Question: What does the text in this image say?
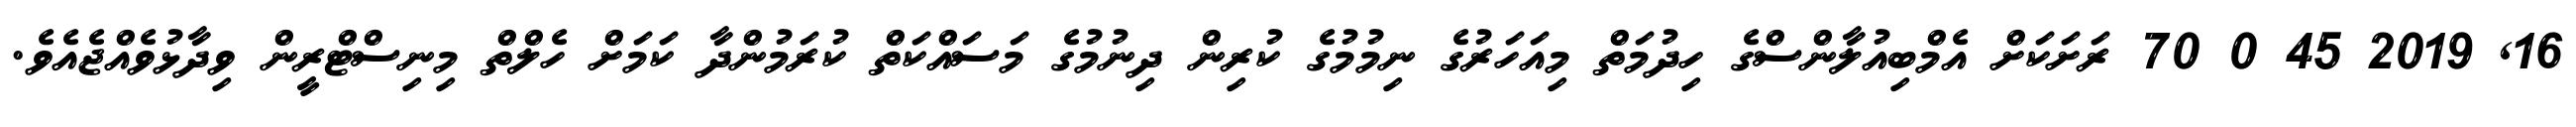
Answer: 16, 2019 45 0 70 ރަށަކަށް އެމްބިއުލާންސްގެ ހިދުމަތް މިއަހަރުގެ ނިމުމުގެ ކުރިން ދިނުމުގެ މަސައްކަތް ކުރަމުންދާ ކަމަށް ހެލްތް މިނިސްޓްރީން ވިދާޅުވެއްޖެއެވެ.